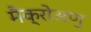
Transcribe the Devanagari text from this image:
मैक्रोअणु